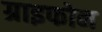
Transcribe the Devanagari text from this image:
ग्राइफोन